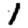
Digit: 1